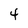
Character: 4